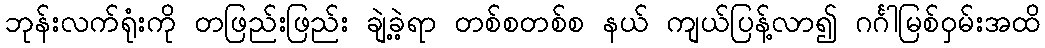
ဘုန်းလက်ရုံးကို တဖြည်းဖြည်း ချဲ့ခဲ့ရာ တစ်စတစ်စ နယ် ကျယ်ပြန့်လာ၍ ဂင်္ဂါမြစ်ဝှမ်းအထိ